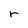
Character: r